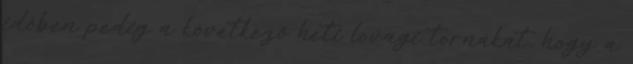
időben pedig a következő heti lovagi tornákat, hogy a